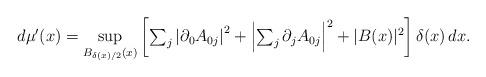
LaTeX: \begin{align*}d{\mu'}(x)=\sup_{B_{\delta(x)/2}(x)}\left[\textstyle\sum_j\left|\partial_0 A_{0j}\right|^{2}+\left|\textstyle\sum_j\partial_j A_{0j}\right|^{2} + |{B}(x)|^{2} \right]\delta(x)\,dx.\end{align*}